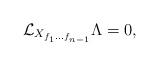
LaTeX: \begin{align*} \mathcal{L}_{X_{f_1...f_{n-1}}} \Lambda = 0,\end{align*}